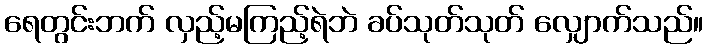
ရေတွင်းဘက် လှည့်မကြည့်ရဲဘဲ ခပ်သုတ်သုတ် လျှောက်သည်။